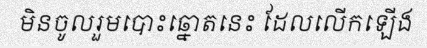
មិនចូលរួមបោះឆ្នោតនេះ ដែលលើកឡើង